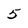
Character: 5